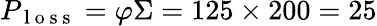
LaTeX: P_{\mathrm{~l~o~s~s~}}=\varphi\Sigma=125\times 200=25